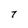
Character: 7